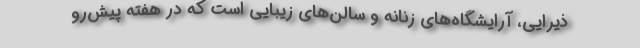
ذیرایی، آرایشگاه‌های زنانه و سالن‌های زیبایی است که در هفته پیش‌رو